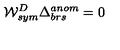
{ \cal W } _ { s y m } ^ { D } \Delta _ { b r s } ^ { a n o m } = 0